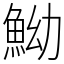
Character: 䱂